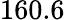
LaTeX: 160.6